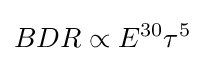
BDR\propto E^{30}\tau ^{5}